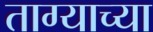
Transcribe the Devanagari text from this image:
ताग्याच्या